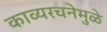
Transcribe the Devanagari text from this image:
काव्यरचनेमुळे